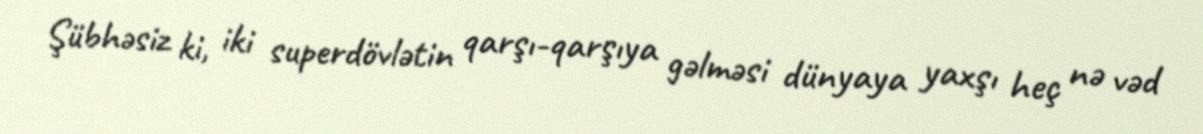
Şübhəsiz ki, iki superdövlətin qarşı-qarşıya gəlməsi dünyaya yaxşı heç nə vəd